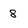
Character: 8